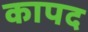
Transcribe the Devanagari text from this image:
कापद